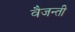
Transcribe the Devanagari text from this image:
वैजन्ती